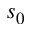
s _ { 0 }